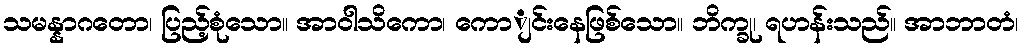
သမန္နာဂတော၊ ပြည့်စုံသော။ အာဝါသိကော၊ ကောျင်းနေဖြစ်သော။ ဘိက္ခု၊ ရဟန်းသည်။ အာဘာတံ၊